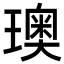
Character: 𪼣